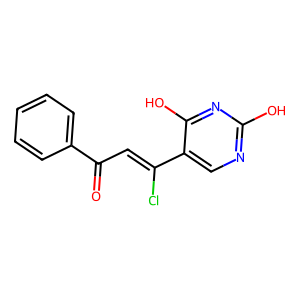
SMILES: O=C(C=C(Cl)c1cnc(O)nc1O)c1ccccc1
Inhibits HIV replication: No